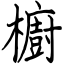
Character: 櫥